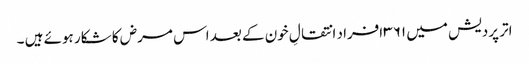
اتر پردیش میں ۳۶۱ افراد انتقالِ خون کے بعد اس مرض کا شکار ہوئے ہیں ۔